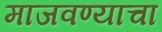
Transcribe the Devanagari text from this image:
माजवण्याचा